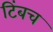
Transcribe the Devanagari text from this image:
टिंबच